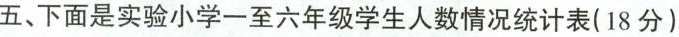
五、下面是实验小学一至六年级学生人数情况统计表(18分)